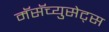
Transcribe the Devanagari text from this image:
मॅसॅच्युसेट्‌स